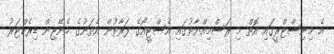
އެ މިނިސްޓްރީގައި އޮތް މި ރަސްމިއްޔާތުގައި އެސްޓީއޯގެ ފަރާތުން އެތަނުގެ މެނޭޖިން ޑިރެކްޓަރު